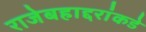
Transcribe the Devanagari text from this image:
राजेबहाद्दरांकडे